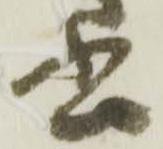
書